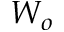
W _ { o }